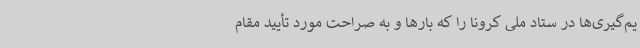
یم‌گیری‌ها در ستاد ملی کرونا را که بارها و به صراحت مورد تأیید مقام